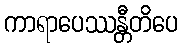
ကာရာပေဿန္တီတိပေ